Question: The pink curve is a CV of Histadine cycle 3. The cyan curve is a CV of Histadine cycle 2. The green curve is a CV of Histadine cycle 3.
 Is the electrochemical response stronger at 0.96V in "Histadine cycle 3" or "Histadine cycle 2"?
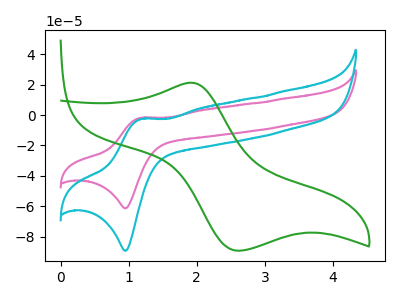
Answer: <think>The pink curve "Histadine cycle 3" has an anodic peak at (1.20V, -1.80uA) and a cathodic peak at (0.95V, -61.30uA). The cyan curve "Histadine cycle 2" has an anodic peak at (1.20V, -2.65uA) and a cathodic peak at (0.95V, -89.15uA). The green curve "Histadine cycle 3" has an anodic peak at (1.90V, 21.20uA) and a cathodic peak at (2.60V, -89.15uA).</think>
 <answer>The peak at 0.96V is lower in "Histadine cycle 3" than in "Histadine cycle 2".</answer>
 <eval>lower</eval>